Report of the Indian Hemp Drugs Commission, 1894-1895 - Volume VI
Year: 1894
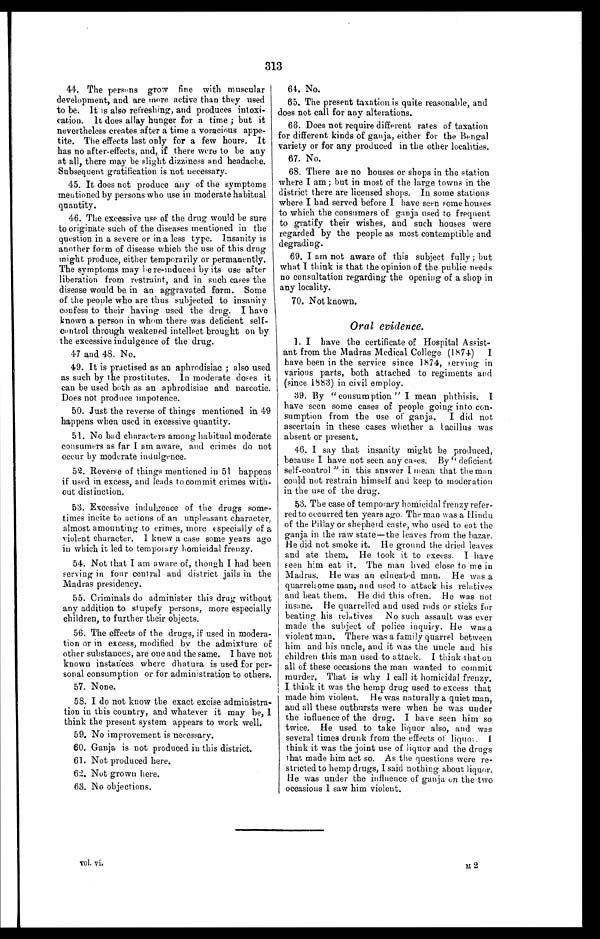
313
44. The persons grow fine with muscular
development, and are more active than they used
to be. It is also refreshing, and produces intoxi--
cation. It does allay hunger for a time ; but it
nevertheless creates after a time a voracious appe--
tite. The effects last only for a few hours. It
has no after-effects, and, if there were to be any
at all, there may he slight dizziness and headache.
Subsequent gratification is not necessary.
45. It does not produce any of the symptoms
mentioned by persons who use in moderate habitual
quantity.
46. The excessive use of the drug would be sure
to originate such of the diseases mentioned in the
question in a severe or in a less type. Insanity is
another form of disease which the use of this drug
m ight produce, either temporarily or permanently.
The symptoms may bere-induced by its use after
liberation from restraint, and in such cases the
disease would be in an aggravated form. Some
of the people who are thus subjected to insanity
confess to their having used the drug. I have
known a person in whom there was deficient self
- c o n t r o l t h r o u g h w e a k e n e d i n t e l l e c t b r o u g h t o n b y
the excessive indulgence of the drug.
47 and 48. No.
49. It is practised as an aphrodisiac ; also used
as such by the prostitutes. In moderate doses it
can be used both as an aphrodisiae and narcotic.
Does not produce impotence.
50. Just the reverse of things mentioned in 49
happens when used in excessive quantity.
51. No bad characters among habitual moderate
consumers as far I am aware, and crimes do not
occur by moderate indulgence.
52. Reverse of things mentioned in 51 happens
if used. in excess, and leads to commit crimes with--
out distinction.
53. Excessive indulgence of the drugs some
- t i m e s i n c i t e t o a c t i o n s o f a n u n p l e a s a n t c h a r a c t e r ,
almost amounting to crimes, more especially of a
violent character. 1 knew a case some years ago
in which it led to temporary homicidal frenzy.
54. Not that I am aware of, though I had been
serving in four central and district jails in the
Madras presidency.
55. Criminals do administer this drug without
any addition to stupefy persons, more especially
children, to further their objects.
56. The effects of the drugs, if used in modera
- t i o n o r i n e x c e s s , m o d i f i e d b y t h e a d m i x t u r e o f
other substances, are one and the same. I have not
known instances where dhatura is used for per-
- s o n a l c o n s u m p t i o n o r f o r a d m i n i s t r a t i o n t o o t h e r s .
5 7 . N o n e .
58. I do not know the exact excise administra-
- t i o n i n t h i s c o u n t r y , a n d w h a t e v e r i t m a y b e , I
think the present system appears to work well.
5 9 . N o i m p r o v e m e n t i s n e c e s s a r y .
6 0 . G a n j a i s n o t p r o d u c e d i n t h i s d i s t r i c t .
6 1 . N o t p r o d u c e d h e r e .
6 2 . N o t g r o w n h e r e .
6 3 . N o o b j e c t i o n s .
49. 64. No.
65. The present taxation is quite reasonable, and
does not call for any alterations.
66. Does not require different rates of taxation
for different kinds of ganja, either for the Bengal
variety or for any produced in the other localities.
67. No.
68. There are no houses or shops in the station
where I am; but in most of the large towns in the
district there are licensed shops. In some stations
where I had served before I have seen some houses
to which the consumers of ganja used to frequent
to gratify their wishes, and such houses were
regarded by the people as most contemptible and
degrading.
69. I am not aware of this subject fully; but
what I think is that the opinion of the public needs
no consultation regarding the opening of a shop in
any locality.
70. Not known.
Oral evidence.
1. I have the certificate of Hospital Assist--
ant from the Madras Medical College (1874) I
have been in the service since 1874, serving in
various parts, both attached to regiments and
(since 1883) in civil employ.
39. By "consumption " I mean phthisis. I
have seen some cases of people going into con--
sumption from the use of ganja. I did not
ascertain in these cases whether a bacillus was
absent or present.
46. I say that insanity might be produced,
because I have not seen any cases. By " deficient
self-control " in this answer I mean that time man
could not restrain himself and keep to moderation
in the use of the drug.
53. The case of temporary homicidal frenzy refer--
red to occurred ten years ago. The man was a Hindu
of the Pillay or shepherd caste, who used to eat the
ganja in the raw state—the leaves from the bazar.
He did not smoke it. He ground the dried leaves
and ate them. He took it to excess. I have
seen him eat it. The man lived close to me in
Madras. He was an educated man. He was a
quarrelsome man, and used to attack his relatives
and beat them. He did this often. He was not
insane. He quarrelled and used rods or sticks for
beating his relatives No such assault was ever
made the subject of police inquiry. He was a
violent man. There was a family quarrel between
him and his uncle, and it was the uncle and his
children this man used to attack. I think that on
all of these occasions the man wanted to commit
murder. That is why I call it homicidal frenzy.
I think it was the hemp drug used to excess that
made him violent. He was naturally a quiet man,
and all these outbursts were when he was under
the influence of the drug. I have seen him so
twice. He used to take liquor also, and was
several times drunk from the effects of liquor. I
think it was the joint use of liquor and the drugs
that made him act so. As the questions were re--
stricted to hemp drugs, I said nothing about liquor.
He was under the influence of ganja on the two
occasions I saw him violent.
vol. vi.
M 2